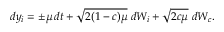
d y _ { i } = \pm \mu \, d t + \sqrt { 2 ( 1 - c ) \mu } \; d W _ { i } + \sqrt { 2 c \mu } \; d W _ { c } .